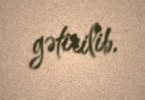
gətirilib.